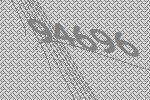
94696